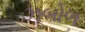
ઝબોળ